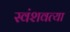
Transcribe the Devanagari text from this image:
स्वंशवत्या